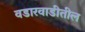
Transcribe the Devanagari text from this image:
वडारवाडीतील